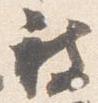
被